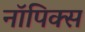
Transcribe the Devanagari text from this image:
नॉपिक्स